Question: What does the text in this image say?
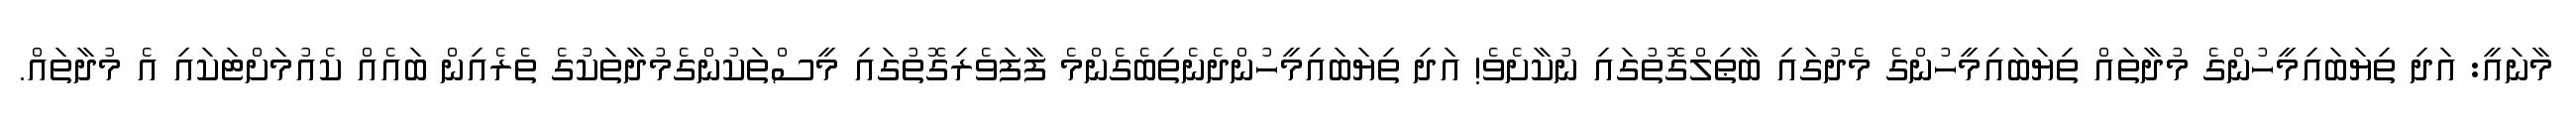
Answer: މާނައީ: އަދި ތިޔަބައިމީހުންގެ މުދާތައް ތިޔަބައިމީހުންގެ މެދުގައި ބާޠިލްގޮތުގައި ނުކާށެވެ! އަދި ތިޔަބައިމީހުންދެނެތިބެގެންމެ ފާފަވެރިގޮތުގައި މީސްތަކުންގެމުދާތަކުގެ ތެރެއިން ބައެއް ކެއުމަށްޓަކައި އެ މުދާތައް.